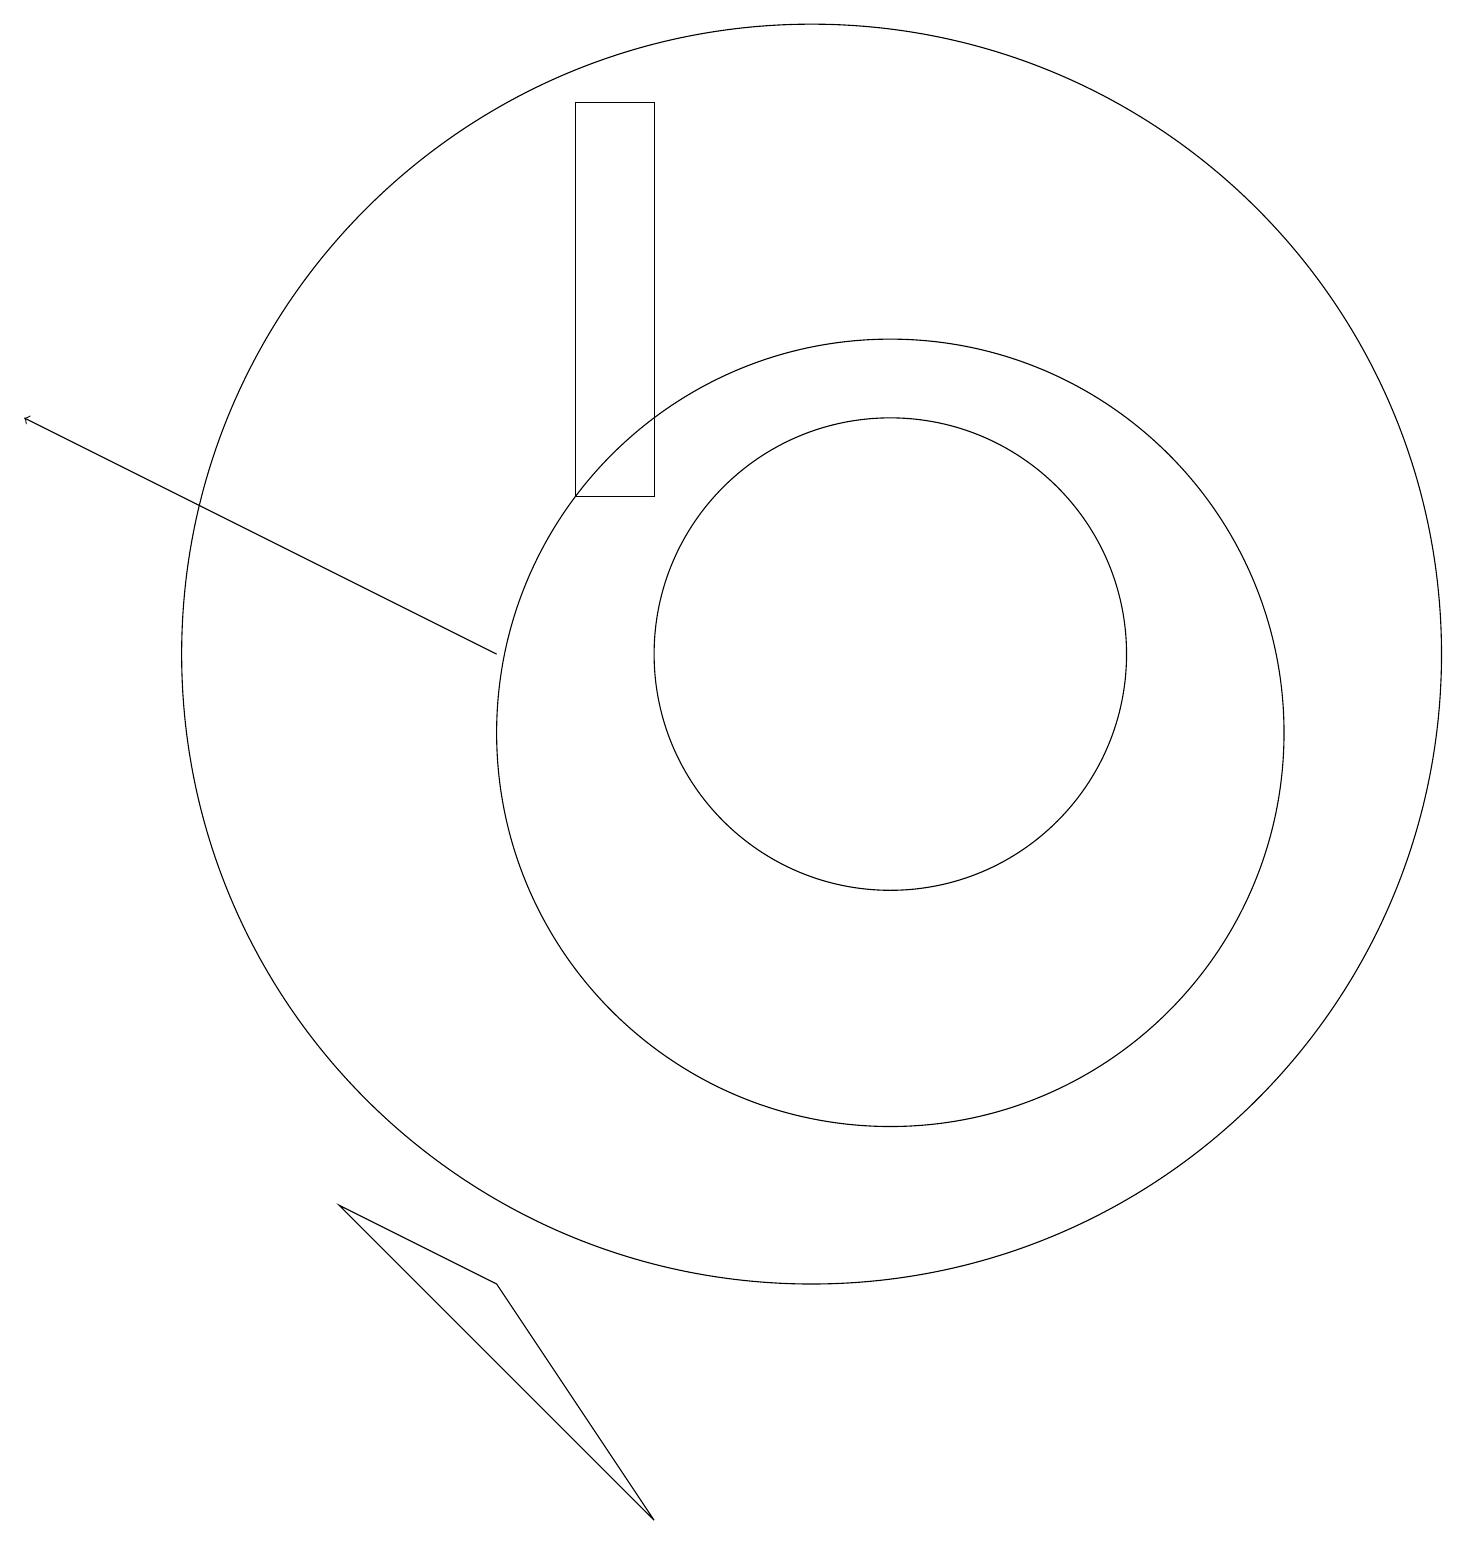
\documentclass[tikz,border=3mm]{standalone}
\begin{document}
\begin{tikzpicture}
\draw (11,11) circle (5);
\draw (7,14) rectangle (8,19);
\draw[->] (6,12) -- (0,15);
\draw (11,12) circle (3);
\draw (10,12) circle (8);
\draw (4,5) -- (6,4) -- (8,1) -- cycle;
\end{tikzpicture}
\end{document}